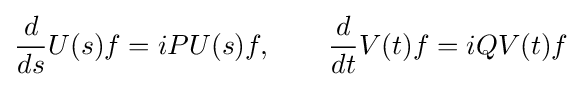
{d \over ds}U(s)f=iPU(s)f,\qquad {d \over dt}V(t)f=iQV(t)f